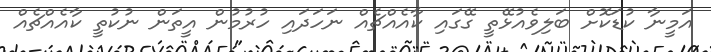
އަމީނާ ކުޑަކޮށް ބަލިވެއުޅޭތީ ގޭގައި ކާއެއްޗެއް ނަހަދައި ހުރުމުން އީތަން ނުކުތީ ކާއެއްޗެއް